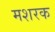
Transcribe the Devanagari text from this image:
मशरक